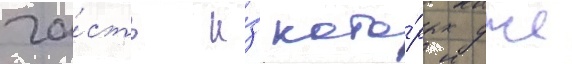
ча́сть и́з кото́рых уже